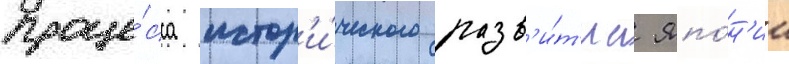
проце́сса истор'и́ческого разв'и́т'иа япо́н'ии